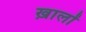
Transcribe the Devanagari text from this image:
ख़ालों